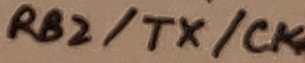
Text: RB2/TX/CK